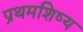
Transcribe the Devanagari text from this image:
प्रथमशिष्य